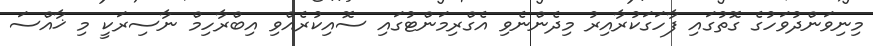
މިނިވަންދުވަހުގެ ގޮތުގައި ފާހަގަކުރާއިރު މިދެންނެވި އެގްރިމަންޓުގައި ސޮއިކުރެއްވި އިބްރާހިމް ނާސިރަކީ މި ޚާއްސަ